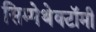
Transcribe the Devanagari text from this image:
सिम्पेथेक्टॉमी